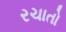
રચાતો